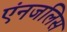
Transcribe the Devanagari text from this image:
एंनजलिस